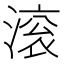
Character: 滚